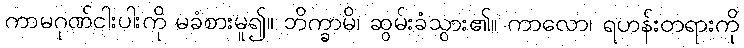
ကာမဂုဏ်ငါးပါးကို မခံစားမူ၍။ ဘိက္ခာမိ၊ ဆွမ်းခံသွား၏။ ကာလော၊ ရဟန်းတရားကို